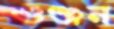
গুঞ্জন